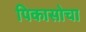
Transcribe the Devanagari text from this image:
पिकासोचा